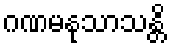
ဂဏမနုသာသန္တိ